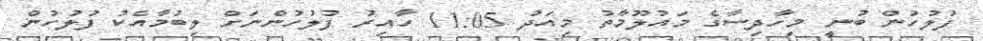
ފުލުހުން ބުނީ މިހާދިސާގެ މައުލޫމާތު މިއަދު 11:05 ހާއިރު ފުލުހުންނަށް ލިބުމާއެކު ފުލުހުން